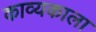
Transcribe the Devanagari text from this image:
काव्यकाला